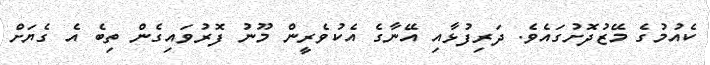
ކެއުމުގެ މޭޒުދޮށުގައެވެ. ދަރިފުޅާއި އޭނާގެ އެކުވެރީން މޫނު ފޮރުވައިގެން ތިބެ އެ ގެޔަށް